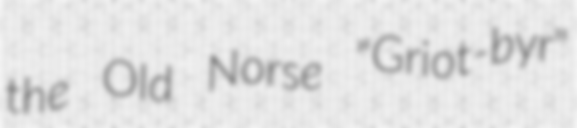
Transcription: the Old Norse "Griot-byr"